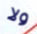
ولا